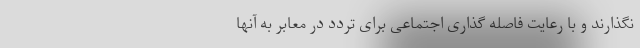
نگذارند و با رعایت فاصله گذاری اجتماعی برای تردد در معابر به آنها